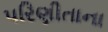
પરિણીતાના